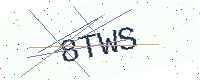
Text: 8TWS